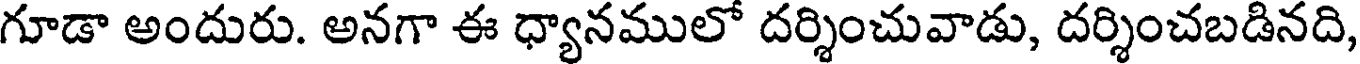
గూడా అందురు. అనగా ఈ ధ్యానములో దర్శించువాడు, దర్శించబడినది,